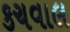
કચવાલ